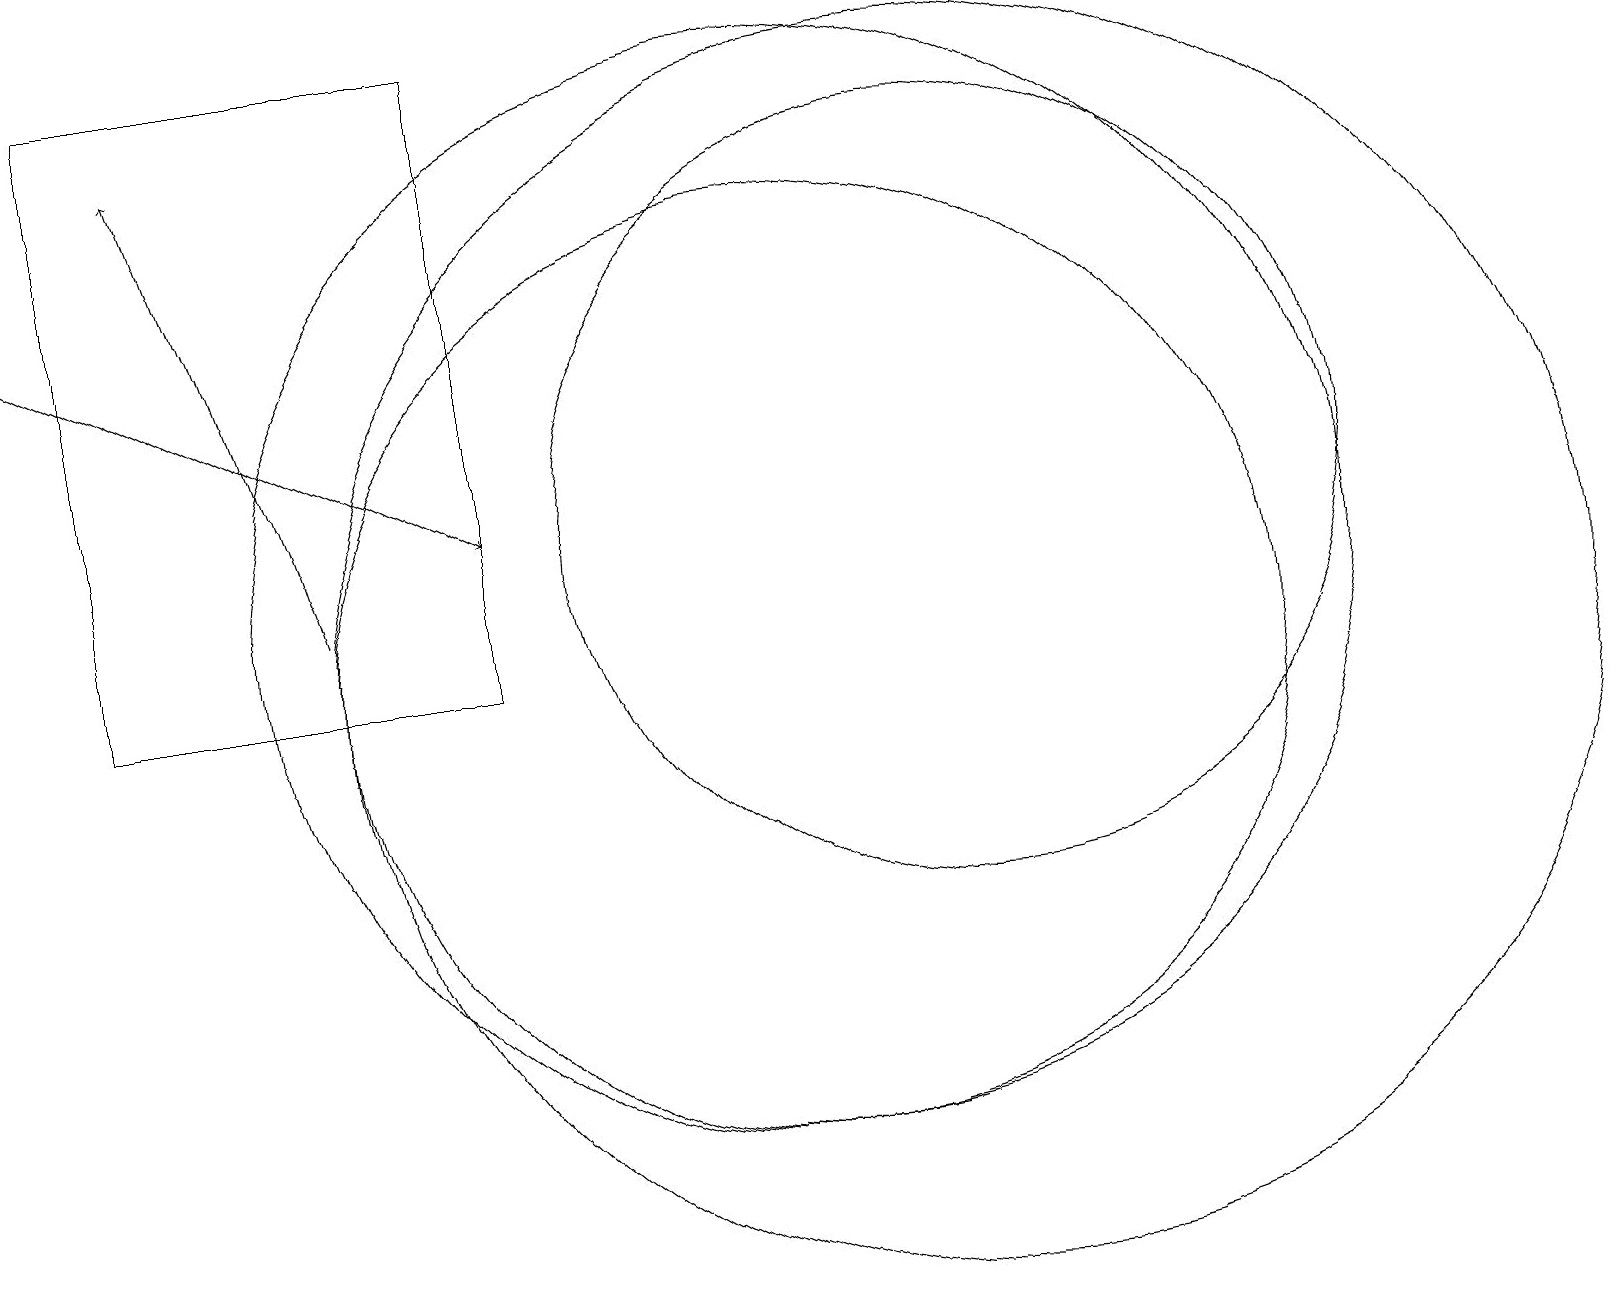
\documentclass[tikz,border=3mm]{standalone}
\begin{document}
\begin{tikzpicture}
\draw (12,12) circle (5);
\draw (10,10) circle (6);
\draw[->] (4,11) -- (2,17);
\draw (12,10) circle (8);
\draw (10,11) circle (7);
\draw (6,18) rectangle (1,10);
\draw[->] (0,15) -- (6,12);
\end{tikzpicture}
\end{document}